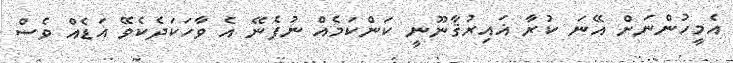
އެމީހުންނަށް އޭނަ ކުރާ ޣަައިރުޤާނޫނީ ކަންކަމެއް ނުފެނޭ އެ ވާހަކަދެކެވޭ އަޑެއް ވެސް